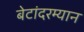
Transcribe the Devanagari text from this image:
बेटांदरम्यान